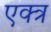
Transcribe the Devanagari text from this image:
एक्त्र